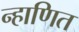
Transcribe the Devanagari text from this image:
न्हाणित